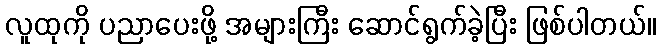
လူထုကို ပညာပေးဖို့ အများကြီး ဆောင်ရွက်ခဲ့ပြီး ဖြစ်ပါတယ်။